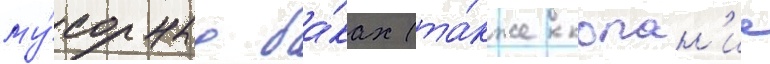
му́сорных ба́ках (та́кже копан'ие